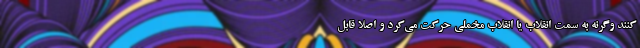
کنند وگرنه به سمت انقلاب یا انقلاب مخملی حرکت می‌کرد و اصلاً قابل